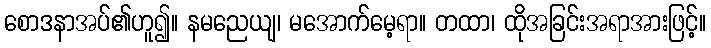
စောဒနာအပ်၏ဟူ၍။ နမညေယျ၊ မအောက်မေ့ရာ။ တထာ၊ ထိုအခြင်းအရာအားဖြင့်။